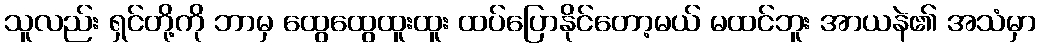
သူလည်း ရှင်တို့ကို ဘာမှ ထွေထွေထူးထူး ထပ်ပြောနိုင်တော့မယ် မထင်ဘူး အာယနဲ၏ အသံမှာ